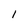
Character: 1